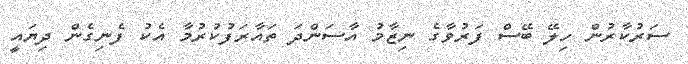
ސަރުކާރުން ހިލޭ ބޭސް ފަރުވާގެ ނިޒާމު އާސަންދަ ތައާރަފުކުރުމާ އެކު ފެނިގެން ދިޔައީ